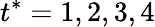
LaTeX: t^{*}=1,2,3,4